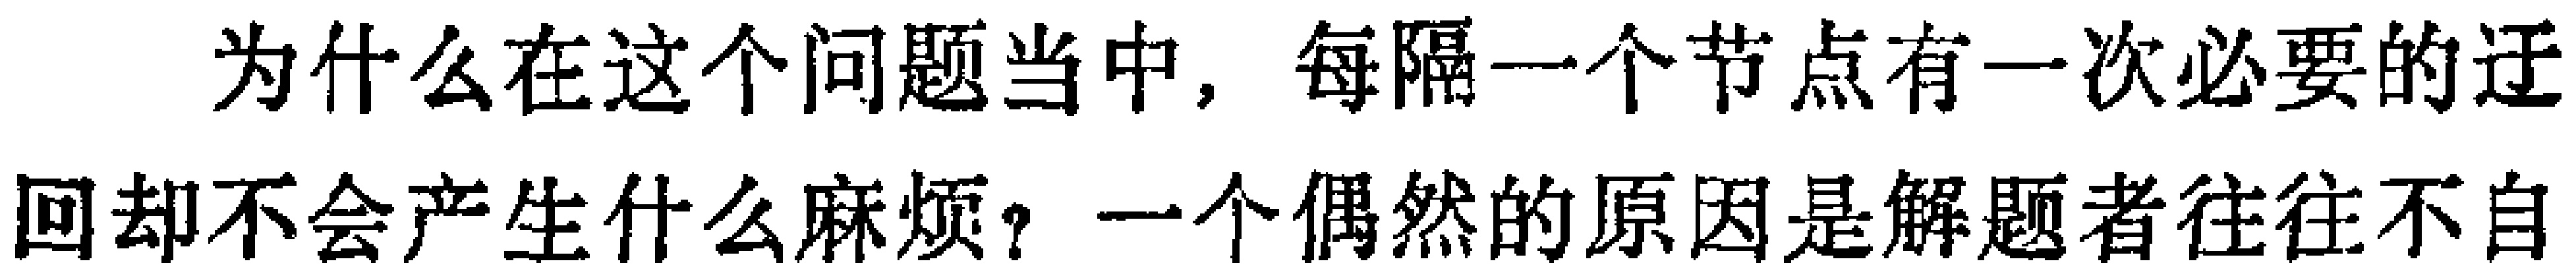
为什么在这个问题当中，每隔一个节点有一次必要的迂
回却不会产生什么麻烦？一个偶然的原因是解题者往往不自